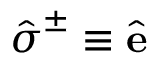
\hat { \boldsymbol { \sigma } } ^ { \pm } \equiv \hat { \mathbf { e } }